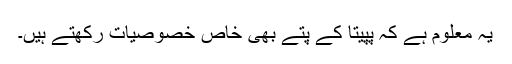
یہ معلوم ہے کہ پپیتا کے پتے بھی خاص خصوصیات رکھتے ہیں۔